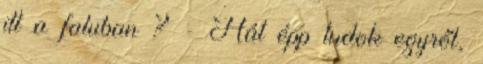
itt a faluban ? - Hát épp tudok egyről,